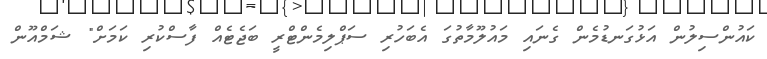
ކައުންސިލުން އަޅުގަނޑުމެން ގެނައި މައުލޫމާތުގަ އެބަހުރި ސަޕްލިމެންޓްރީ ބަޖެޓެއް ފާސްކުރި ކަމަށް" ޝަމްއޫން